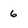
Character: 6